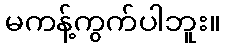
မကန့်ကွက်ပါဘူး။